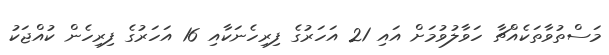
މަސްތުވާތަކެއްޗާ ހަވާލުވުމަށް އައި 21 އަހަރުގެ ފިރިހެނަކާއި 16 އަހަރުގެ ފިރިހެން ކުއްޖަކު